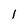
Character: l